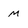
Character: m